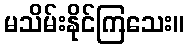
မသိမ်းနိုင်ကြသေး။